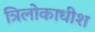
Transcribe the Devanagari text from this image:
त्रिलोकाधीश